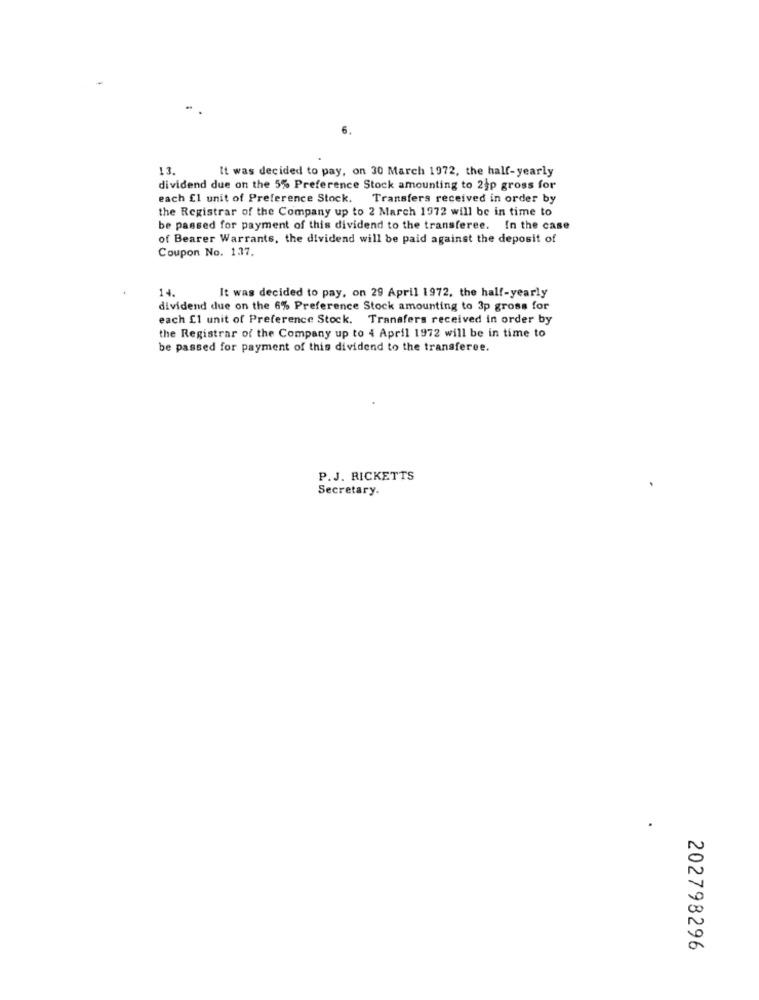
6.
13.
It was decided to pay, on 30 March 1972, the half-yearly
dividend due on the 5% Preference Stock amounting to 2jp gross for
each El unit of Preference Stock. Transfers received in order by
the Registrar of the Company up to 2 March 1972 will be in time to
be passed for payment of this dividend to the transferee. In the case
of Bearer Warrants, the dividend will be paid against the deposit of
Coupon No. 1.37.
14.
It was decided to pay, on 29 April 1972, the half-yearly
dividend due on the 6% Preference Stock amounting to 3p gross for
each [1 unit of Preference Stock. Transfers received in order by
the Registrar of the Company up to 4 April 1972 will be in time to
be passed for payment of this dividend to the transferee.
P.J. RICKETTS
Secretary.
202798296